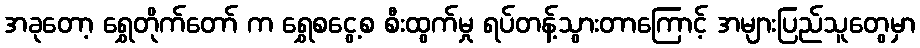
အခုတော့ ရွှေတိုက်တော် က ရွှေစငွေ့စ စီးထွက်မှု ရပ်တန့်သွားတာကြောင့် အများပြည်သူတွေမှာ